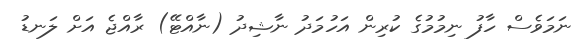
ނަމަވެސް ހާފު ނިމުމުގެ ކުރިން އަހުމަދު ނާޝިދު (ނާއްޓޭ) ރާއްޖެ އަށް ލަނޑު